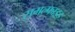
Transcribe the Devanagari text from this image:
समल्फाइड